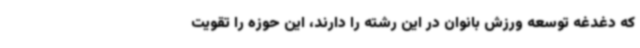
که دغدغه توسعه ورزش بانوان در این رشته را دارند، این حوزه را تقویت